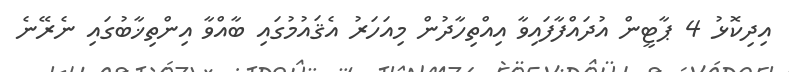
އިދިކޮޅު 4 ޕާޓީން އުދައްފާފައިވާ އިއްތިހާދުން މިއަހަރު އެޤައުމުގައި ބާއްވާ އިންތިޚާބުގައި ނެރޭނެ